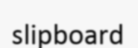
slipboard